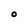
Character: o